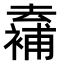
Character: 𠬖